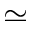
\simeq